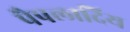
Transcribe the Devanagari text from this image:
पैपलादिय